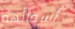
أسمائهم